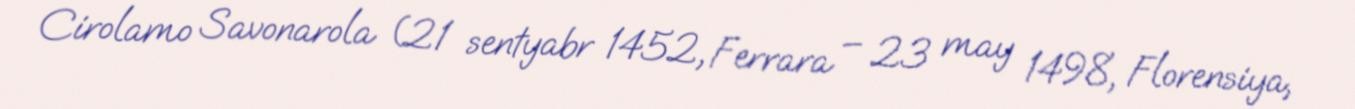
Cirolamo Savonarola (21 sentyabr 1452, Ferrara – 23 may 1498, Florensiya,